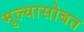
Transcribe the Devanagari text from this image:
मुल्यासोबत